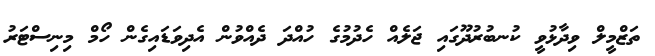
ތަޒްމީލް ވިދާޅުވީ ކުނބުރުދޫގައި ޖަލެއް ހެދުމުގެ ހުއްދަ ދެއްވުން އެދިވަޑައިގެން ހޯމް މިނިސްޓަރު